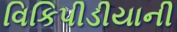
વિકિપીડીયાની